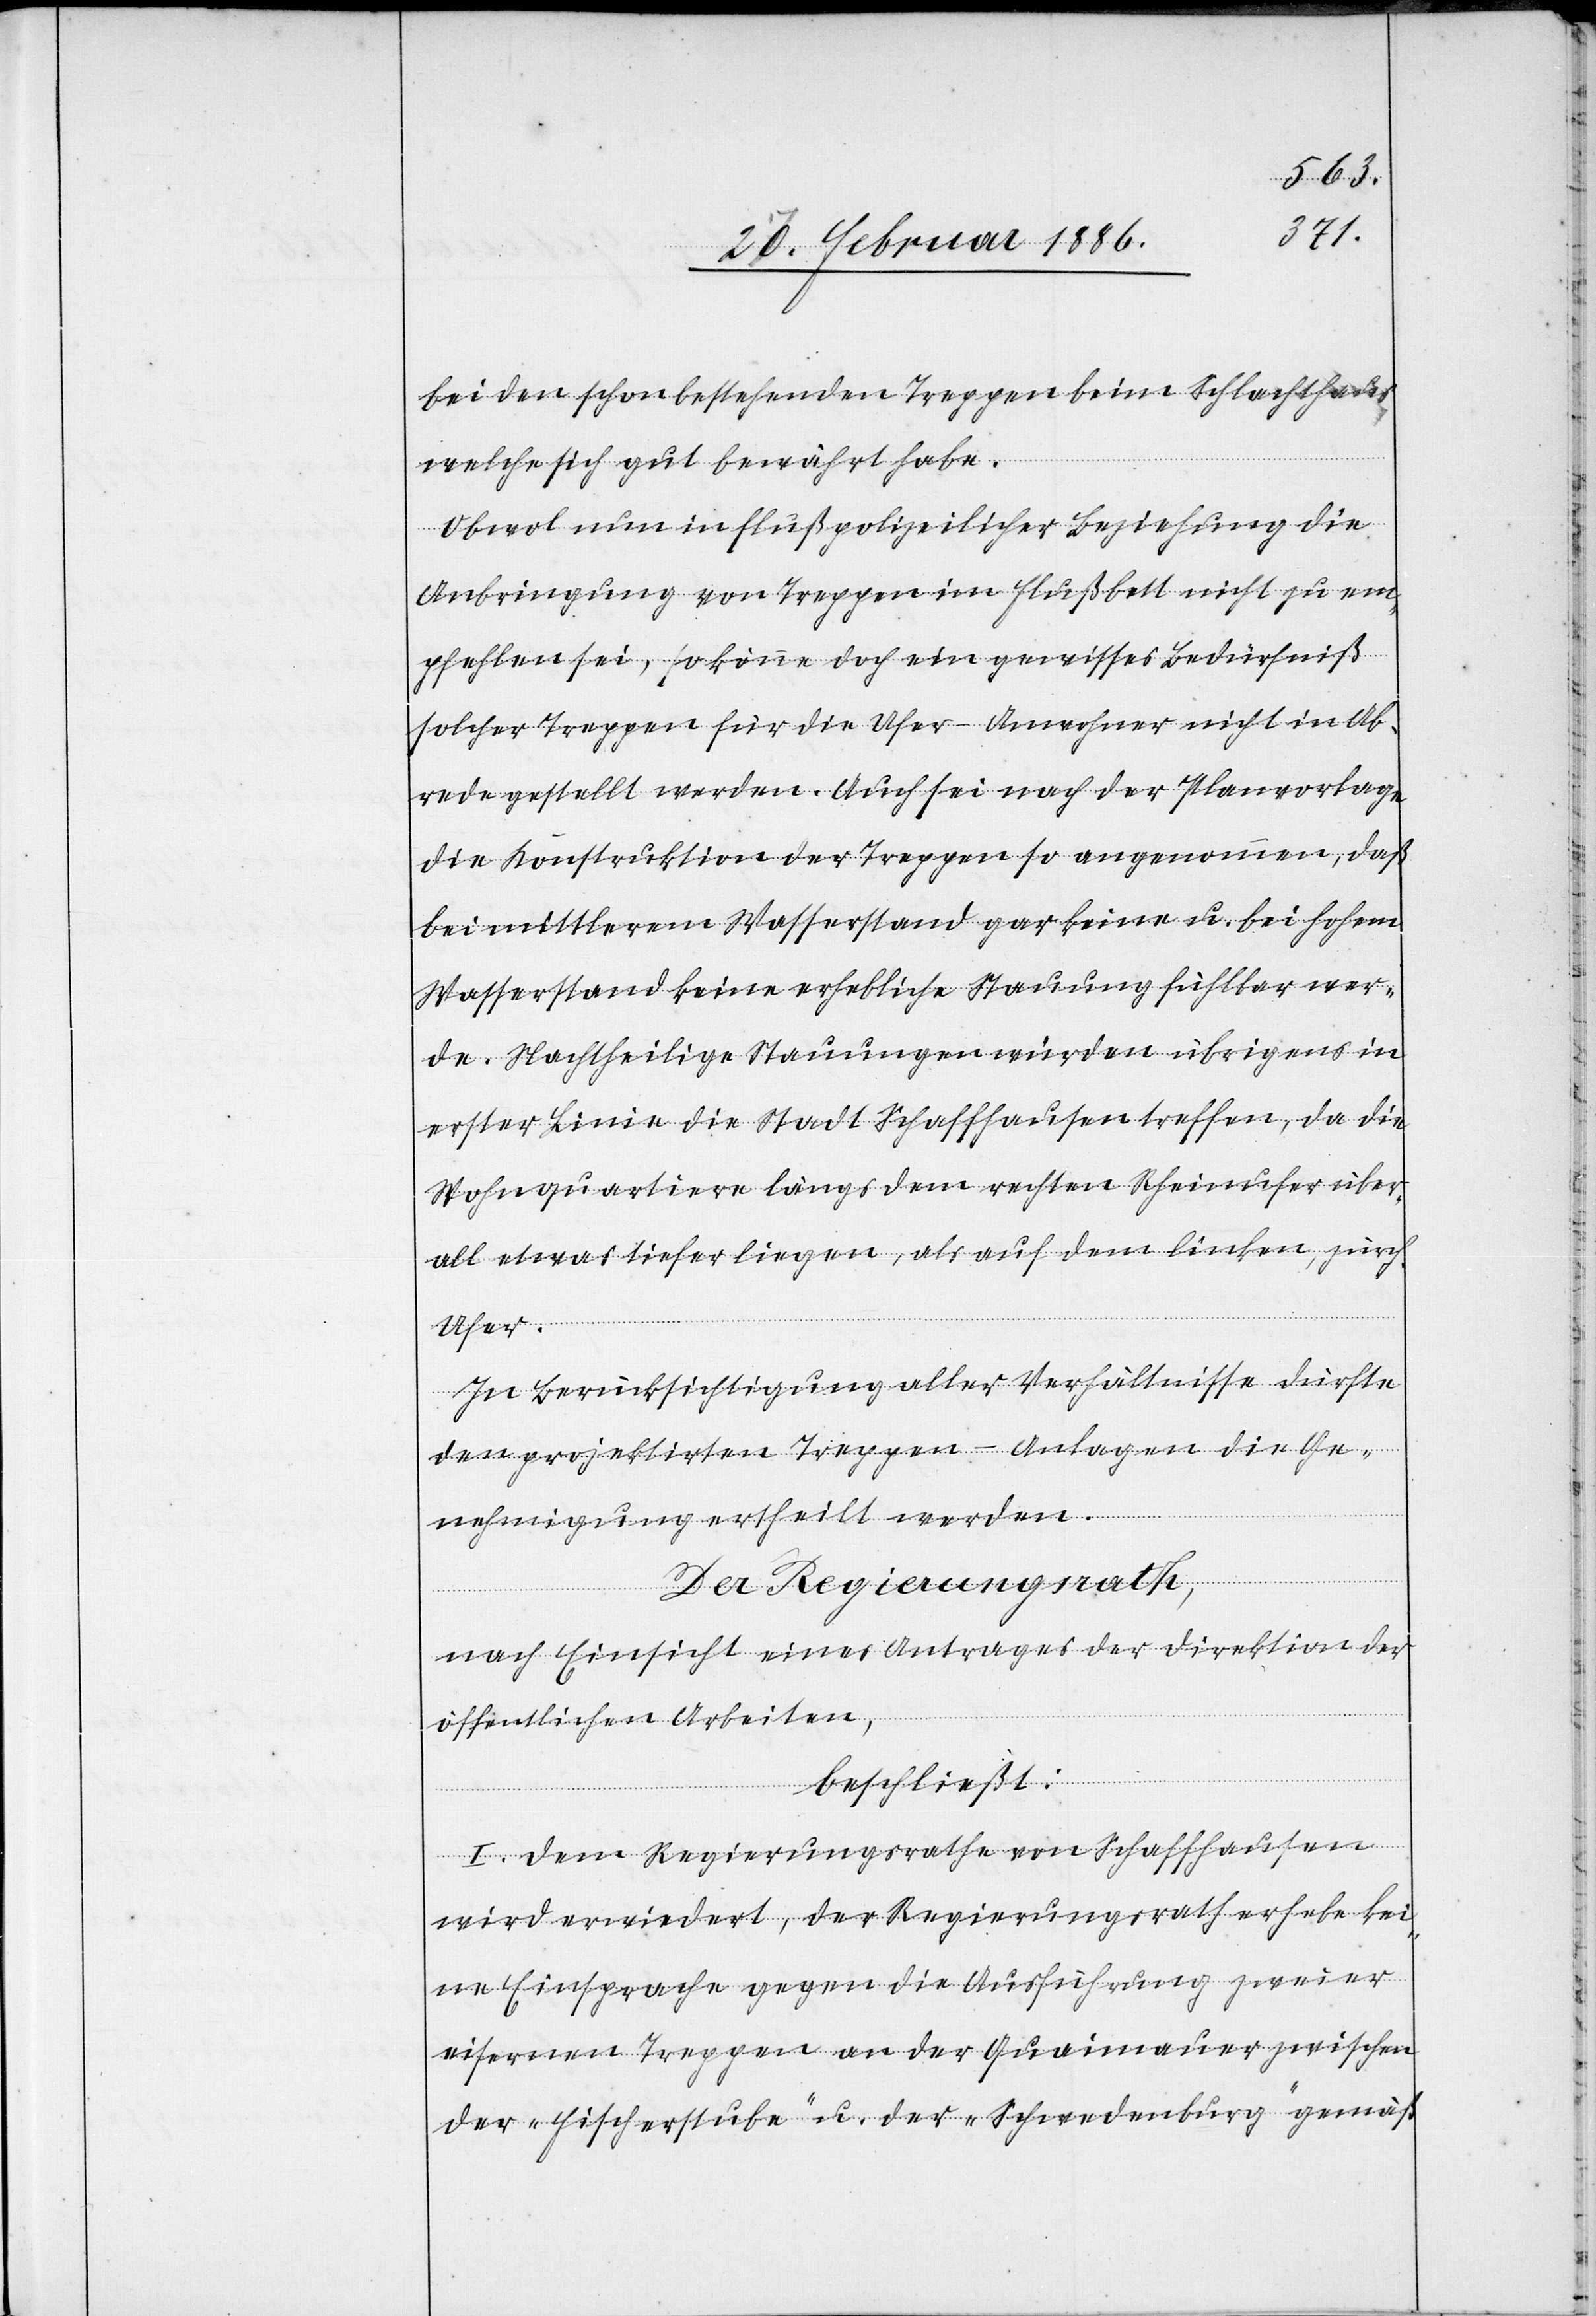
bei den schon bestehenden Treppen beim Schlachthaus,
welche sich gut bewährt habe.
Obwol nun in flußpolizeilicher Beziehung die
Anbringung von Treppen im Flußbett nicht zu em¬
pfehlen sei, so könne doch ein gewisses Bedürfniß
solcher Treppen für die Ufer-Anwohner nicht in Ab¬
rede gestellt werden. Auch sei nach der Planvorlage
die Konstruktion der Treppen so angenommen, daß
bei mittleren Wasserstand gar keine u. bei hohem
Wasserstand keine erhebliche Stauung fühlbar wer¬
de. Nachtheilige Stauungen würden übrigens in
erster Linie die Stadt Schaffhausen treffen, da die
Wohnquartiere längs dem rechten Rheinufer über¬
all etwas tiefer liegen, als auf dem linken, zürch.
Ufer.
In Berücksichtigung aller Verhältnisse dürfte
den projektirten Treppen-Anlagen die Ge¬
nehmigung ertheilt werden.
Der Regierungsrath,
nach Einsicht eines Antrages der Direktion der
öffentlichen Arbeiten,
beschließt:
I. Dem Regierungsrathe von Schaffhausen
wird erwiedert, der Regierungsrath erhebe kei¬
ne Einsprache gegen die Ausführung zweier
eisernen Treppen an der Quaimauer zwischen
der „Fischerstube“ u. der „Schwedenburg“ gemäß